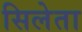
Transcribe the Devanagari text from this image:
सिलेता